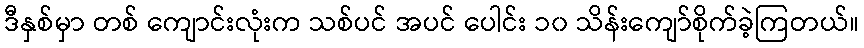
ဒီနှစ်မှာ တစ် ကျောင်းလုံးက သစ်ပင် အပင် ပေါင်း ၁၀ သိန်းကျော်စိုက်ခဲ့ကြတယ်။